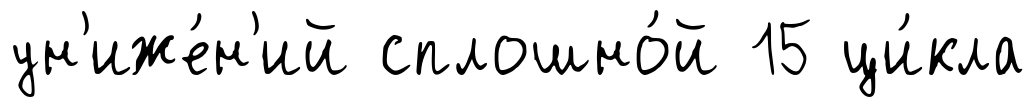
ун'иже́н'ий сплошно́й 15 ци́кла